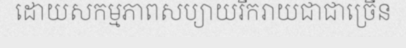
ដោយសកម្មភាពសប្យាយរីករាយជាជាច្រើន